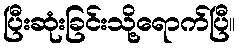
ပြီးဆုံးခြင်းသို့ရောက်ပြီ။